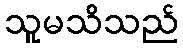
သူမသိသည်